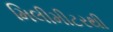
મિલીમીટરથી